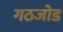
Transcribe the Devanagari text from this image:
गठजोड